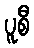
ပူစီ